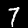
Label: 7